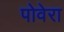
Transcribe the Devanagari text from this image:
पोवेरा